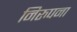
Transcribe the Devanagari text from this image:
निरुपना